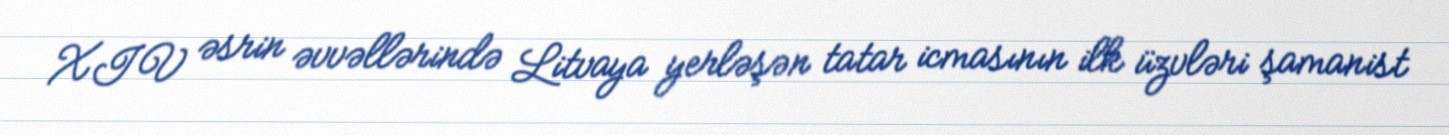
XIV əsrin əvvəllərində Litvaya yerləşən tatar icmasının ilk üzvləri şamanist